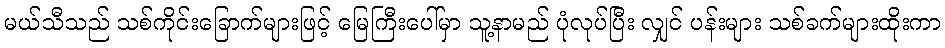
မယ်သီသည် သစ်ကိုင်းခြောက်များဖြင့် မြေကြီးပေါ်မှာ သူ့နာမည် ပုံလုပ်ပြီး လျှင် ပန်းများ သစ်ခက်များထိုးကာ